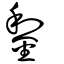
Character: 錅